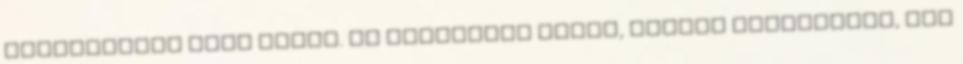
találkoztok soha többé. És szövődnek igazi, tartós barátságok, sőt